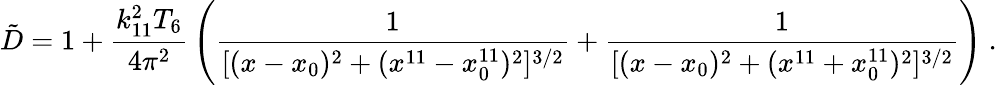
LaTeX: {\tilde{D}}=1+{\frac{k_{11}^{2}T_{6}}{4\pi^{2}}}\left({\frac{1}{[(x-x_{0})^{2}+(x^{11}-x_{0}^{11})^{2}]^{3/2}}}+{\frac{1}{[(x-x_{0})^{2}+(x^{11}+x_{0}^{11})^{2}]^{3/2}}}\right)\ .